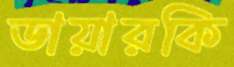
ডায়ারকি